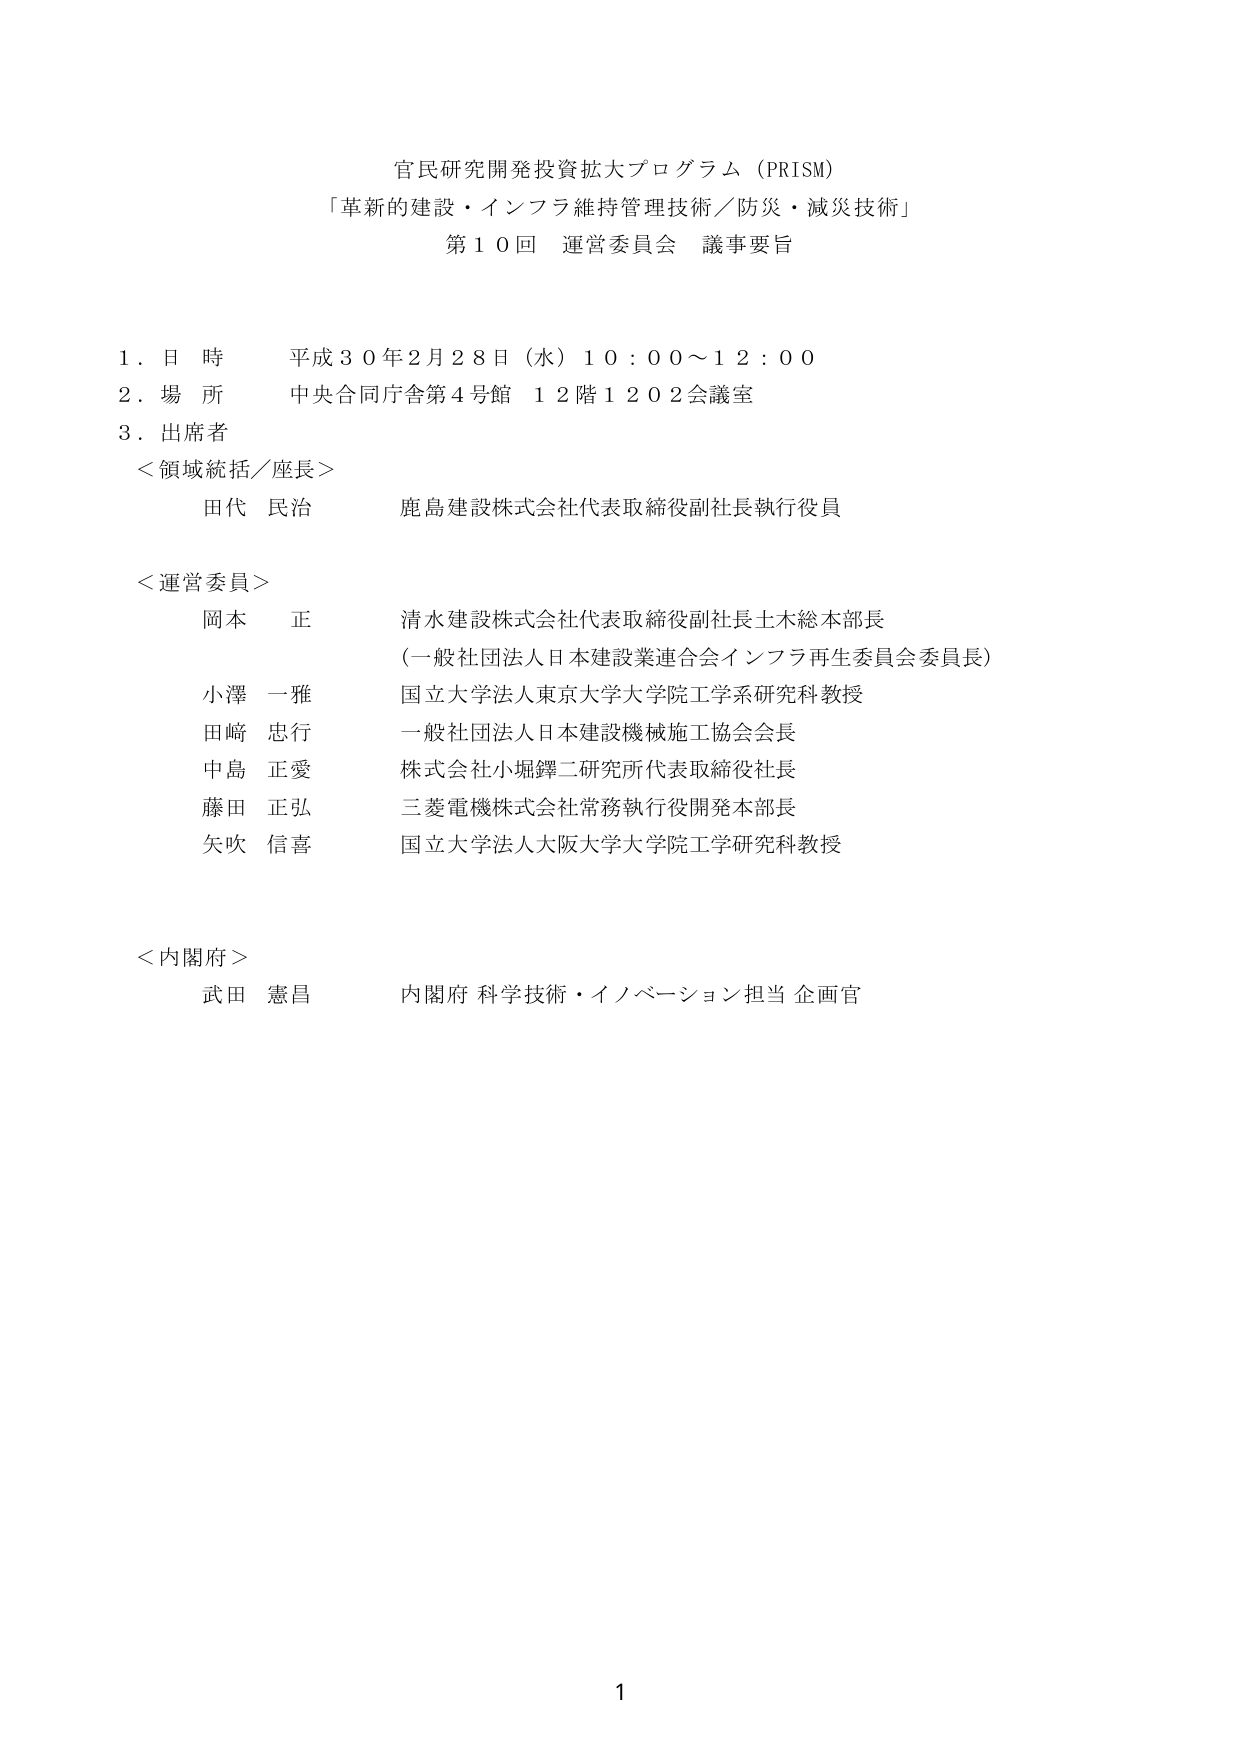
官民研究開発投資拡大プログラム（PRISM）
「革新的建設・インフラ維持管理技術／防災・減災技術」
第１０回 運営委員会 議事要旨

１．日 時 平成３０年２月２８日（水）１０：００～１２：００
２．場 所 中央合同庁舎第４号館 １２階１２０２会議室
３．出席者
＜領域統括／座長＞
　田代 民治 鹿島建設株式会社代表取締役副社長執行役員

＜運営委員＞
　岡本 正 清水建設株式会社代表取締役副社長土木総本部長
　　（一般社団法人日本建設業連合会インフラ再生委員会委員長）
　小澤 一雅 国立大学法人東京大学大学院工学系研究科教授
　田﨑 忠行 一般社団法人日本建設機械施工協会会長
　中島 正愛 株式会社小堀鐔二研究所代表取締役社長
　藤田 正弘 三菱電機株式会社常務執行役開発本部長
　矢吹 信喜 国立大学法人大阪大学大学院工学研究科教授

＜内閣府＞
　武田 憲昌 内閣府 科学技術・イノベーション担当 企画官

1